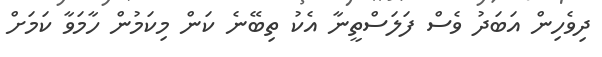
ދިވެހިން އަބަދު ވެސް ފަލަސްތީނާ އެކު ތިބޭނެ ކަން މިކަމުން ހާމަވާ ކަމަށް